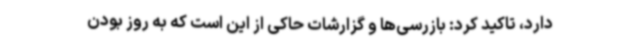
دارد، تاکید کرد: بازرسی‌ها و گزارشات حاکی از این است که به روز بودن